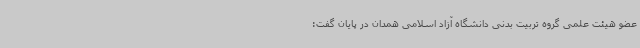
عضو هیئت علمی گروه تربیت بدنی دانشگاه آزاد اسلامی همدان در پایان گفت: